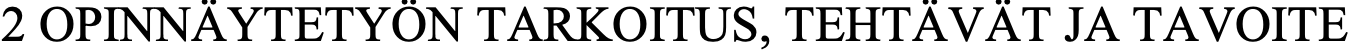
2 OPINNÄYTETYÖN TARKOITUS, TEHTÄVÄT JA TAVOITE